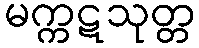
မက္ကဋသုတ္တ